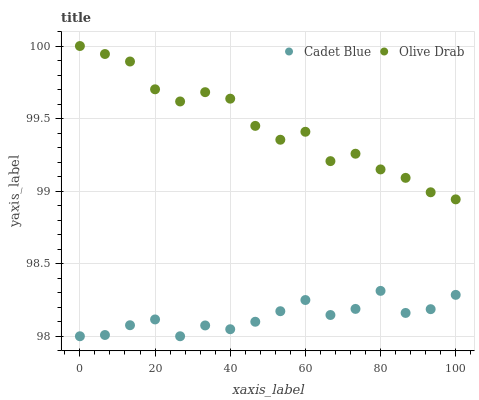
| xaxis_label | Cadet Blue | Olive Drab |
 | --- | --- | --- |
 | 0 | 98 | 100 |
 | 6.67 | 98 | 99.9 |
 | 13.3 | 98.1 | 99.9 |
 | 20 | 98.1 | 99.7 |
 | 26.7 | 98 | 99.6 |
 | 33.3 | 98.1 | 99.7 |
 | 40 | 98 | 99.6 |
 | 46.7 | 98.1 | 99.4 |
 | 53.3 | 98.2 | 99.4 |
 | 60 | 98.2 | 99.4 |
 | 66.7 | 98.1 | 99.2 |
 | 73.3 | 98.2 | 99.3 |
 | 80 | 98.3 | 99.1 |
 | 86.7 | 98.2 | 99.1 |
 | 93.3 | 98.2 | 99 |
 | 100 | 98.3 | 98.9 |